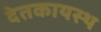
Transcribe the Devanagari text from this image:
देतकायस्थ